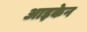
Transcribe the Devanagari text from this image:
आइकेन